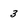
Character: 3